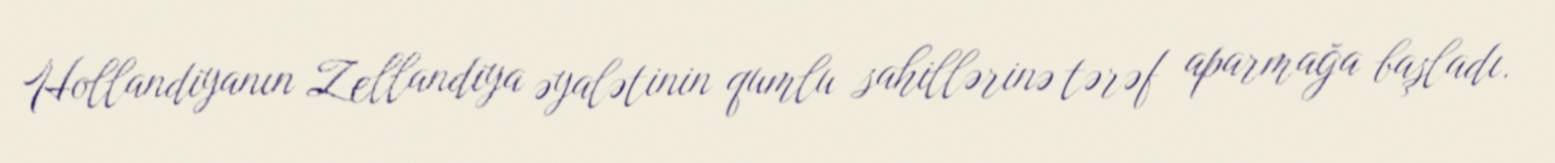
Hollandiyanın Zellandiya əyalətinin qumlu sahillərinə tərəf aparmağa başladı.